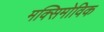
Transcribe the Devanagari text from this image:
मक्सिमोविक